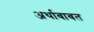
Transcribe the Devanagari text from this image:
अर्थाबाबत